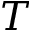
T